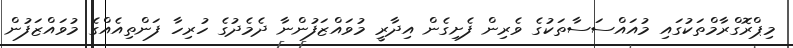
މިޕްރޮގްރާމްތަކުގައި މުއައްސަސާތަކުގެ ވެރިން ފެށިގެން އިދާރީ މުވައްޒަފުންނާ ދެމެދުގެ ހުރިހާ ފަންތިއެއްގެ މުވައްޒަފުން